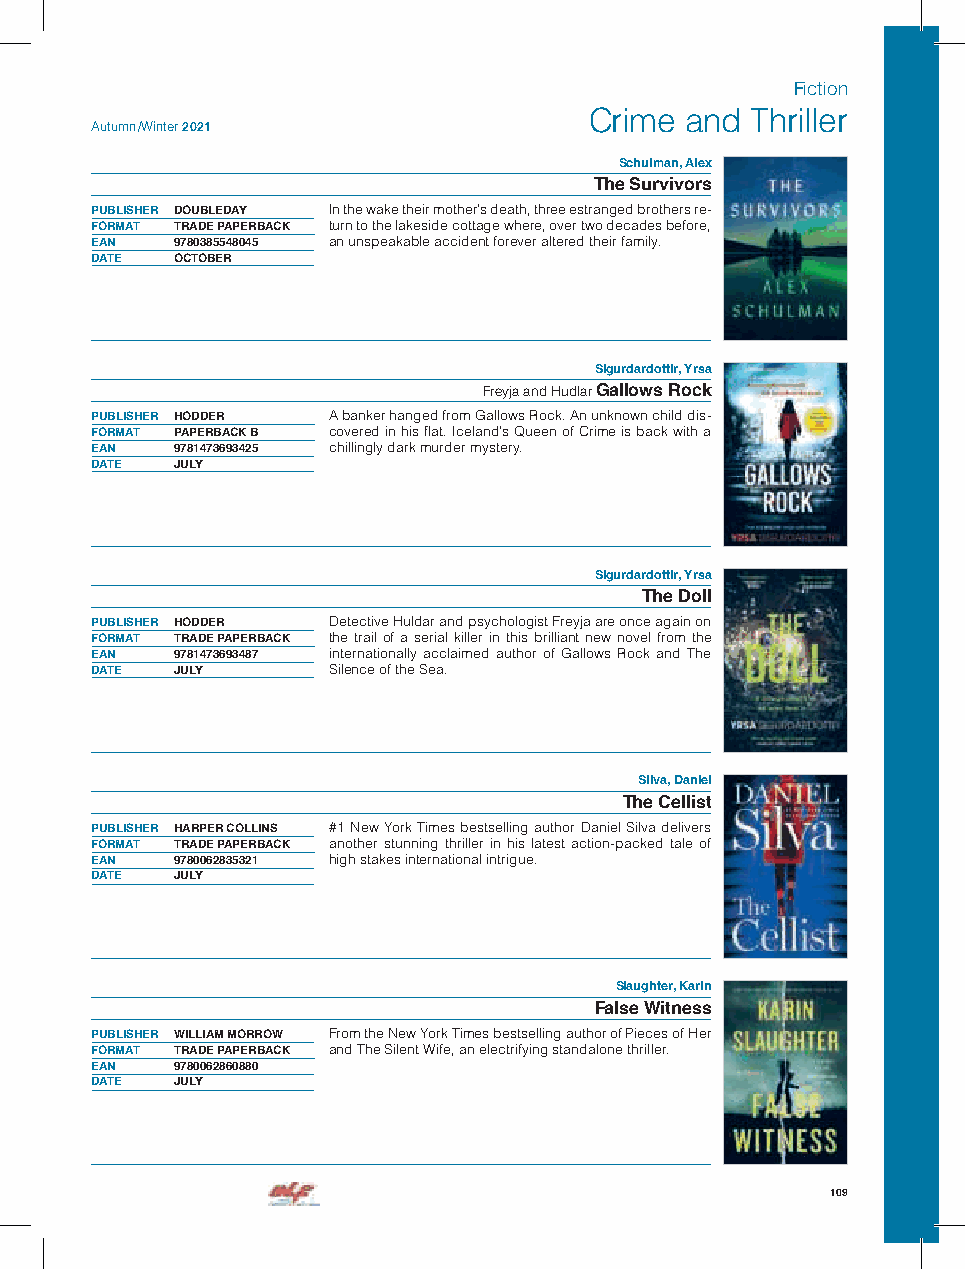
Fiction
 Crime and  Thriller
 Autumn /Winter 2021
 Schulman, Alex
 The Survivors
 PUBLISHER DOUBLEDAY In the wake their mother’s death, three estranged brothers re-
 FORMAT TRADE PAPERBACK turn to the lakeside cottage where, over two decades before,
 EAN  9780385548045 an unspeakable accident forever altered their family.
 DATE OCTOBER
 Sigurdardottir, Yrsa
 Freyja and Hudlar Gallows Rock
 PUBLISHER HODDER A banker hanged from Gallows Rock. An unknown child dis-
 FORMAT PAPERBACK B covered in his flat. Iceland’s Queen of Crime is back with a
 EAN  9781473693425 chillingly dark murder mystery.
 DATE JULY
 Sigurdardottir, Yrsa
 The Doll
 PUBLISHER HODDER Detective Huldar and psychologist Freyja are once again on
 FORMAT TRADE PAPERBACK the trail of a serial killer in this brilliant new novel from the
 EAN  9781473693487 internationally acclaimed author of Gallows Rock and The
 DATE JULY       Silence of the Sea.
 Silva, Daniel
 The Cellist
 PUBLISHER HARPER COLLINS #1 New York Times bestselling author Daniel Silva delivers
 FORMAT TRADE PAPERBACK another stunning thriller in his latest action-packed tale of
 EAN  9780062835321 high stakes international intrigue.
 DATE JULY
 Slaughter, Karin
 False Witness
 PUBLISHER WILLIAM MORROW From the New York Times bestselling author of Pieces of Her
 FORMAT TRADE PAPERBACK and The Silent Wife, an electrifying standalone thriller.
 EAN  9780062860880
 DATE JULY
 109